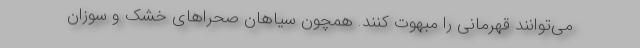
می‌توانند قهرمانی را مبهوت کنند. همچون سیاهان صحراهای خشک و سوزان